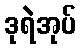
ဒုရဲအုပ်